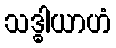
သဒ္ဓါယာဟံ